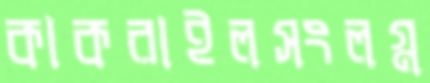
কাকরাইলসংলগ্ন